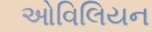
ઓવિલિયન